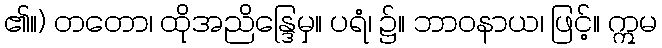
၏။) တတော၊ ထိုအညိန္ဒြေမှ။ ပရံ၊ ၌။ ဘာဝနာယ၊ ဖြင့်။ ဣမ